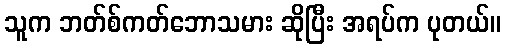
သူက ဘတ်စ်ကတ်ဘောသမား ဆိုပြီး အရပ်က ပုတယ်။